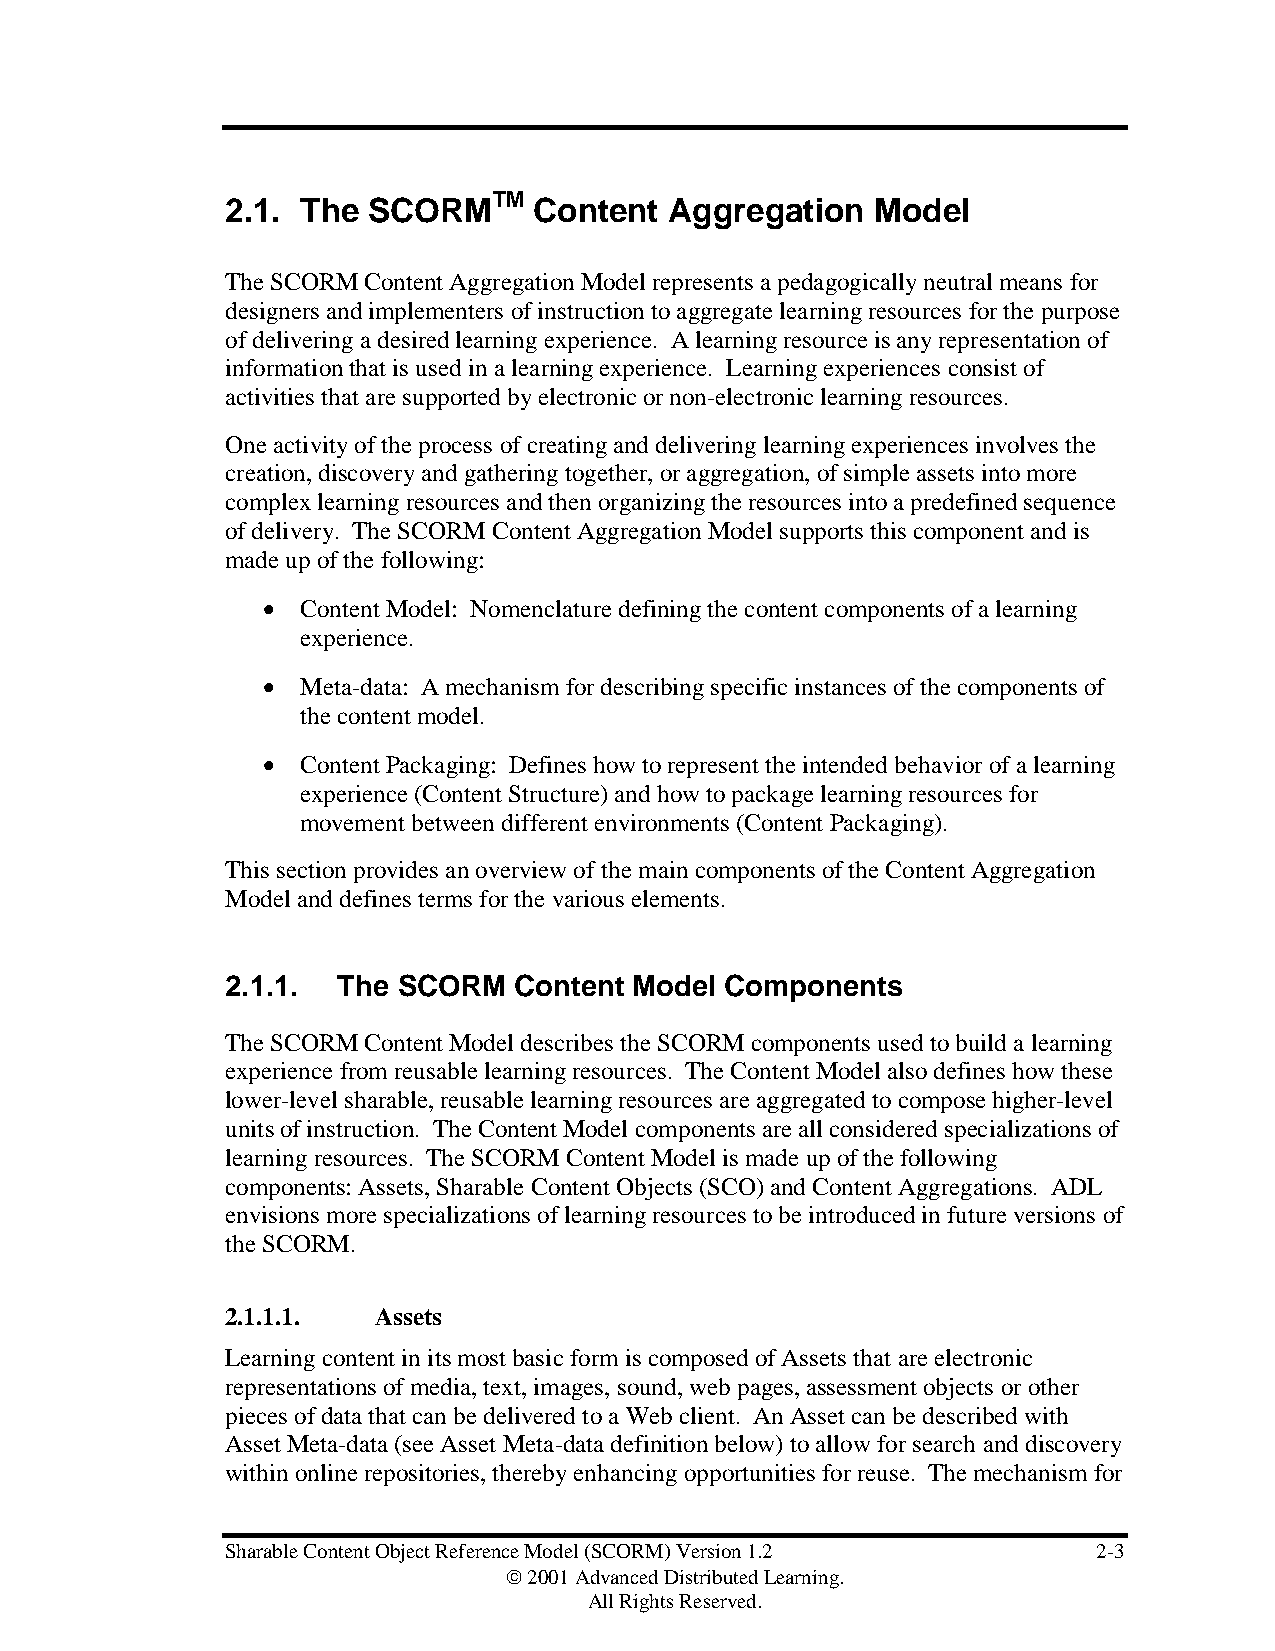
TM
 2.1. The SCORM      Content  Aggregation   Model
 The SCORM Content Aggregation Model represents a pedagogically neutral means for
 designers and implementers of instruction to aggregate learning resources for the purpose
 of delivering a desired learning experience. A learning resource is any representation of
 information that is used in a learning experience. Learning experiences consist of
 activities that are supported by electronic or non-electronic learning resources.
 One activity of the process of creating and delivering learning experiences involves the
 creation, discovery and gathering together, or aggregation, of simple assets into more
 complex learning resources and then organizing the resources into a predefined sequence
 of delivery. The SCORM Content Aggregation Model supports this component and is
 made up of the following:
 •  Content Model: Nomenclature defining the content components of a learning
 experience.
 •  Meta-data: A mechanism for describing specific instances of the components of
 the content model.
 •  Content Packaging: Defines how to represent the intended behavior of a learning
 experience (Content Structure) and how to package learning resources for
 movement between different environments (Content Packaging).
 This section provides an overview of the main components of the Content Aggregation
 Model and defines terms for the various elements.
 2.1.1. The SCORM   Content Model Components
 The SCORM Content Model describes the SCORM components used to build a learning
 experience from reusable learning resources. The Content Model also defines how these
 lower-level sharable, reusable learning resources are aggregated to compose higher-level
 units of instruction. The Content Model components are all considered specializations of
 learning resources. The SCORM Content Model is made up of the following
 components: Assets, Sharable Content Objects (SCO) and Content Aggregations. ADL
 envisions more specializations of learning resources to be introduced in future versions of
 the SCORM.
 2.1.1.1.  Assets
 Learning content in its most basic form is composed of Assets that are electronic
 representations of media, text, images, sound, web pages, assessment objects or other
 pieces of data that can be delivered to a Web client. An Asset can be described with
 Asset Meta-data (see Asset Meta-data definition below) to allow for search and discovery
 within online repositories, thereby enhancing opportunities for reuse. The mechanism for
 Sharable Content Object Reference Model (SCORM) Version 1.2 2-3
  2001 Advanced Distributed Learning.
 All Rights Reserved.